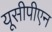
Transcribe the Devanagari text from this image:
यूसीपीएन